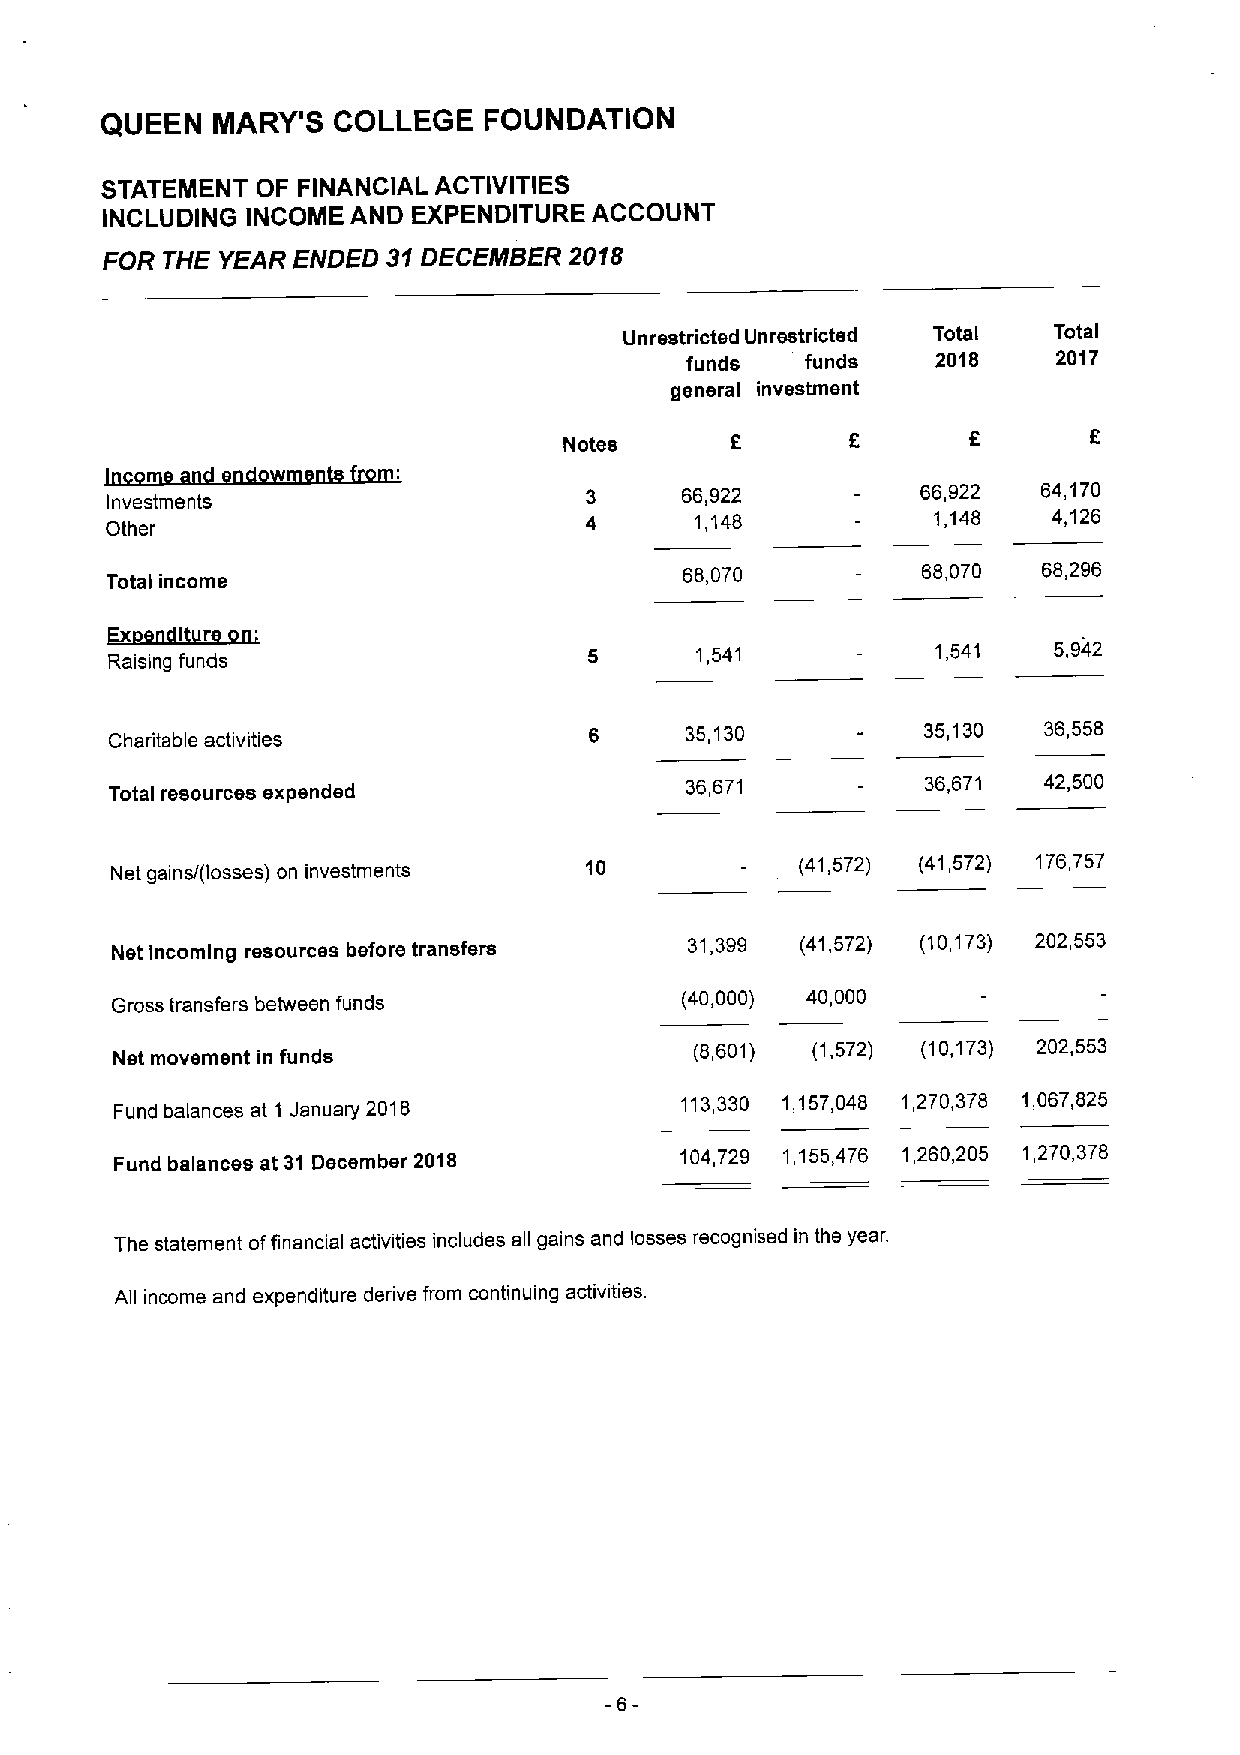
QUEEN  MARY'S  COLLEGE   FOUNDATION
 STATEMENT OF FINANCIAL ACTIVITIES
 INCLUDING INCOME AND EXPENDITURE ACCOUNT
 FOR THE YEAR ENDED 31DECEMBER  2018
 Unrestricted Unrestricted Total Total
 funds   funds    2018    2017
 general investment
 Notes      8       6
 Investments
 66,922          66,922  64,170
 1,148           1,148   4,126
 Other
 Total income                          68,070          68,070  68,296
 ~~lkrrK
 Raising funds
 1,541           1,541   5,942
 Charitable activities           6     35,130          35,130  36,558
 Total resources expended              36,671          36,671  42,500
 Net gains/(losses) on investments 10          (41,572) (41,572) 176,757
 Net Incoming resources before transfers 31,399 (41,572) (10,173) 202,553
 Gross transfers between funds         (40,000) 40,000
 Net movement in funds                  (8,601) (1,572) (10,173) 202,553
 Fund balances at 1 January 2018      113,330 1,157,048 1,270,378 1,067,825
 Fund balances at 31 December 2018    104,729 1,155,476 1,260,205 1,270,378
 The statement offinancial activities includes all gains and losses recognised in the year.
 All income and expenditure derive from continuing actiwties.